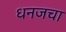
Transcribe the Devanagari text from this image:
धनजचा